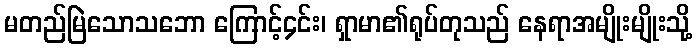
မတည်မြဲသောသဘော ကြောင့်၄င်း၊ ရှာမာ၏ရုပ်တုသည် နေရာအမျိုးမျိုးသို့